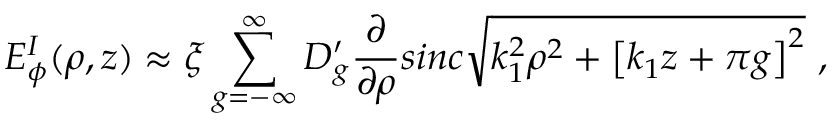
E _ { \phi } ^ { I } ( \rho , z ) \approx \xi \sum _ { g = - \infty } ^ { \infty } D _ { g } ^ { \prime } \frac { \partial } { \partial \rho } s i n c \sqrt { k _ { 1 } ^ { 2 } \rho ^ { 2 } + \left[ k _ { 1 } z + \pi g \right] ^ { 2 } } \, \, ,